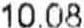
10.08